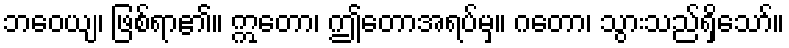
ဘဝေယျ၊ ဖြစ်ရာ၏။ ဣတော၊ ဤတောအရပ်မှ။ ဂတော၊ သွားသည်ရှိသော်။